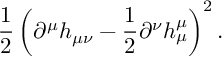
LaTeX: \frac { 1 } { 2 } \left( \partial ^ { \mu } h _ { \mu \nu } - \frac { 1 } { 2 } \partial ^ { \nu } h _ { \mu } ^ { \mu } \right) ^ { 2 } .